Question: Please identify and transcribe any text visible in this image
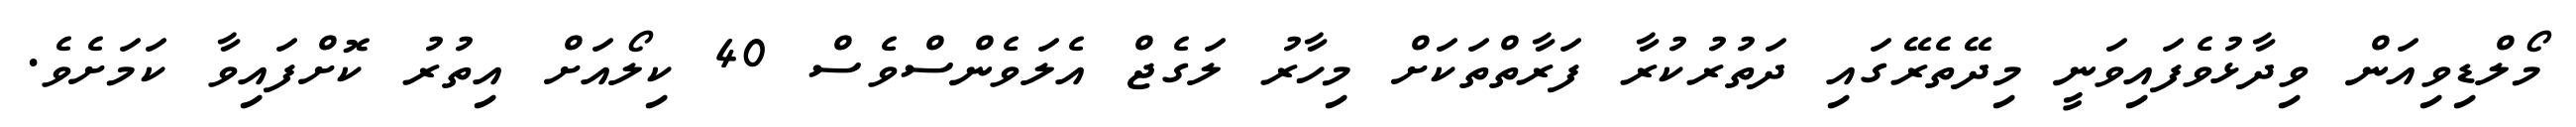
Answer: މޯލްޑިވިއަން ވިދާޅުވެފައިވަނީ މިދޭތެރޭގައި ދަތުރުކުރާ ފަރާތްތަކަށް މިހާރު ލަގެޖް އެލަވެންސްވެސް 40 ކިލޯއަށް އިތުރު ކޮށްފައިވާ ކަމަށެވެ.